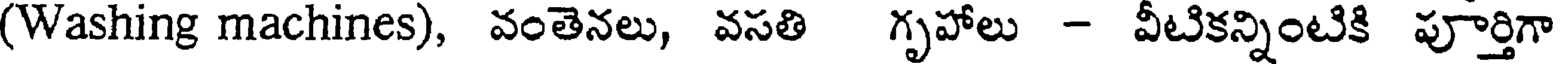
(Washing machines), వంతెనలు, వసతి గృహాలు - వీటికన్నింటికి పూర్తిగా